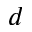
d